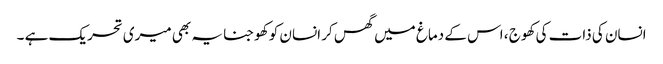
انسان کی ذات کی کھوج ، اس کے دماغ میں گھس کر انسان کو کھوجنا یہ بھی میری تحریک ہے ۔